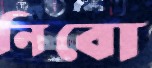
নিবো